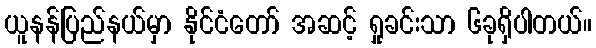
ယူနန်ပြည်နယ်မှာ နိုင်ငံတော် အဆင့် ရှုခင်းသာ ၆ခုရှိပါတယ်။